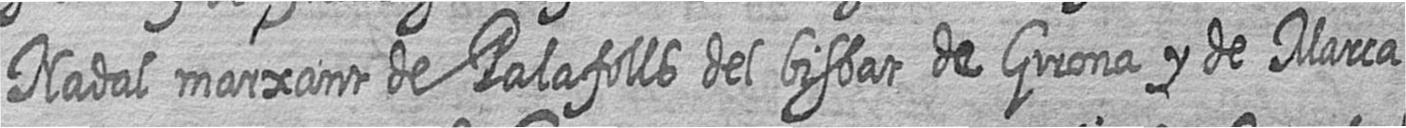
Nadal marxant de Palafolls del bisbat de Girona y de Marca